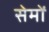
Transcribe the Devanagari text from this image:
सेमों